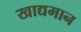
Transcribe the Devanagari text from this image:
खाद्यमान